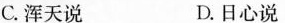
C.浑天说 D.日心说